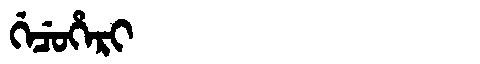
Manchu: ᡤᡝᠴᡠᡥᡝᡵᡳ
Romanization: GECUHERI